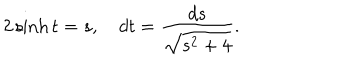
LaTeX: 2 \sinh t = s , \quad d t = \frac { d s } { \sqrt { s ^ { 2 } + 4 } } .